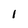
Character: 1